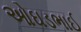
ઓઘડભાઈ